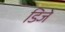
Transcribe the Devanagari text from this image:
डिजे